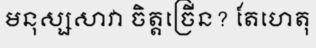
មនុស្សសាវា ចិត្តច្រើន? តែហេតុ